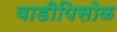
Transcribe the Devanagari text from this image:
वाडीपिसोळ